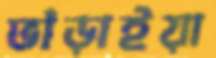
ভাঁড়াইয়া